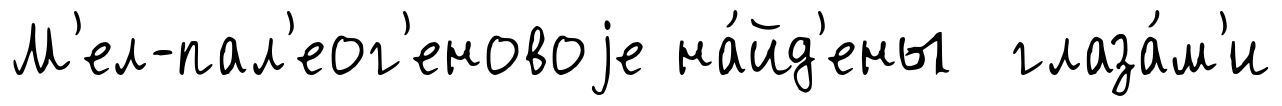
М'ел-пал'еог'еновоjе на́йд'ены глаза́м'и